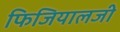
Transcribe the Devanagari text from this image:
फिजियालजी